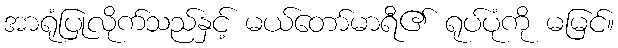
အာရုံပြုလိုက်သည်နှင့် မယ်တော်မာရီ၏ ရုပ်ပုံကို မမြင်။